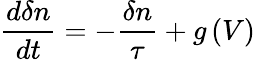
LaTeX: \frac{d\delta n}{dt}=-\frac{\delta n}{\tau}+g\left(V\right)